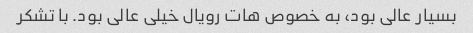
بسیار عالی بود، به خصوص هات رویال خیلی عالی بود. با تشکر